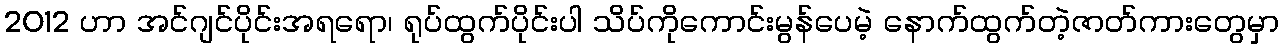
2012 ဟာ အင်ဂျင်ပိုင်းအရရော၊ ရုပ်ထွက်ပိုင်းပါ သိပ်ကိုကောင်းမွန်ပေမဲ့ နောက်ထွက်တဲ့ဇာတ်ကားတွေမှာ